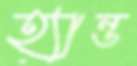
হ্যান্ড